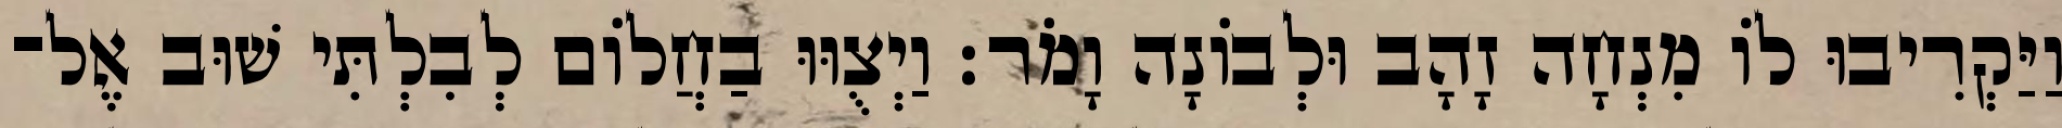
וַיַּקְרִיבוּ לוֹ מִנְחָה זָהָב וּלְבוֹנָה וָמֹר׃ וַיְצֻוּוּ בַחֲלוֹם לְבִלְתִּי שׁוּב אֶל־